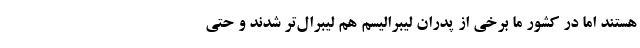
هستند اما در کشور ما برخی از پدران لیبرالیسم هم لیبرال‌تر شدند و حتی